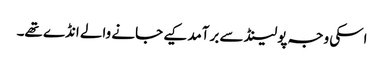
اسکی وجہ پولینڈ سے برآمد کیے جانے والے انڈے تھے۔